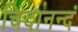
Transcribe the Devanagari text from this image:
चिदानन्दं